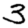
Digit: 3